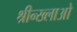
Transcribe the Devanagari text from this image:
श्रीन्ख्लाओ